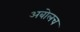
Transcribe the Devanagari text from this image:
अबोलच